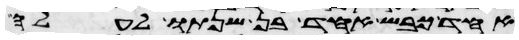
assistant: אחד כבש אחד בן שנתו לעלה